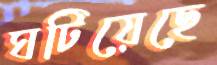
ঘটিয়েছে